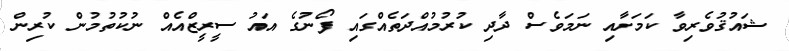
ޝައުޤުވެރިވާ ކަމަށާއި ނަަމަވެސް ދާދި ކުރުމުއްދަތެއްގައި ފޯނުގެ އައު ސީރީޒްއެއް ނުކުތުމުން ކުރިން